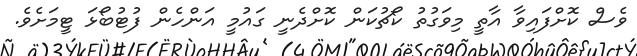
ވެސް ކޮށްފައިވާ އާތީ މިވަގުތު ކޯޗުކަން ކޮށްދެނީ ގައުމީ އަންހެން ފުޓުބޯޅަ ޓީމަށެވެ.